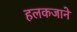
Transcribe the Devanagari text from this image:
हलकजाने